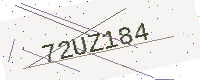
Text: 72UZ184